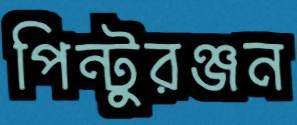
পিন্টুরঞ্জন